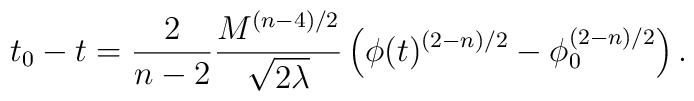
t_0-t= { 2 \over {n-2}} { M^{(n-4)/2} \over \sqrt{2\lambda}}\left(\phi(t)^{(2-n)/2}- \phi_0^{(2-n)/2} \right).